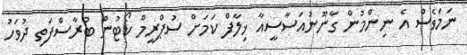
ނަމަވެސް އެ ނިންމުން ގާނޫނުއަސާސީއާ ޚިލާފް ކަމަށް ސުޕްރީމް ކޯޓުން ބުރާސްފަތި ދުވަހު